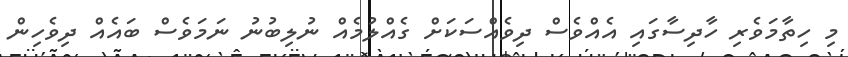
މި ހިތާމަވެރި ހާދިސާގައި އެއްވެސް ދިވެއްސަކަށް ގެއްލުމެއް ނުލިބުނު ނަމަވެސް ބައެއް ދިވެހިން